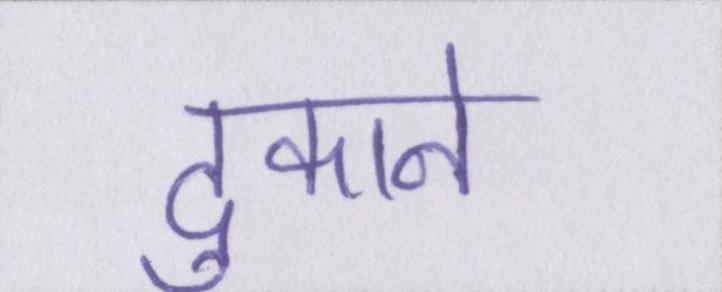
दुकाने